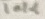
Text: 10K